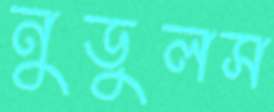
নুডুলস